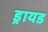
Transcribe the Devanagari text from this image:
ड्रायड